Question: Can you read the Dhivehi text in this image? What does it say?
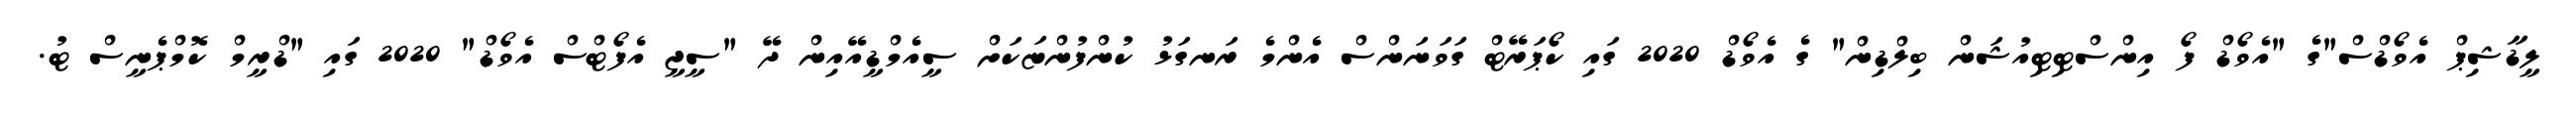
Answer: ލީޑާޝިޕް އެވޯޑްސް"ގެ "އެވޯޑް ފޯ އިންސްޓިޓިއުޝަން ބިލްޑިން" ގެ އެވޯޑް 2020 ގައި ކޯޕަރޭޓް ގަވަނަންސް އެންމެ ރަނގަޅު ކުންފުންޏަކަށް ސީއެމްޑީއޭއިން ދޭ "ސީޖީ އެފޯޓްސް އެވޯޑް" 2020 ގައި "ޑްރީމް ކޮމްޕެނީސް ޓު.